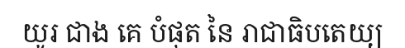
យូរ ជាង គេ បំផុត នៃ រាជាធិបតេយ្យ